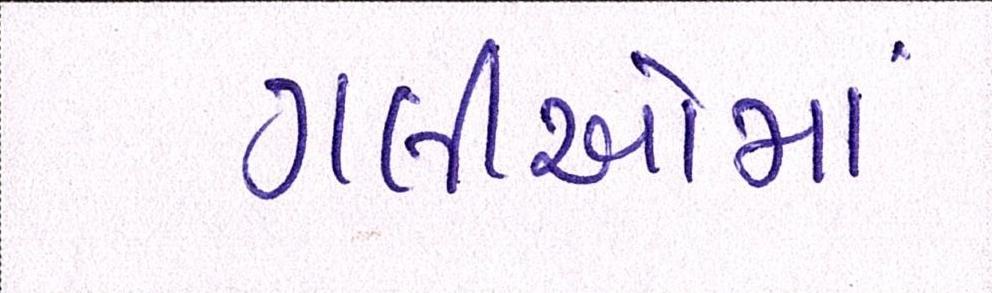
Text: ગલીઓમાં